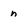
Character: n